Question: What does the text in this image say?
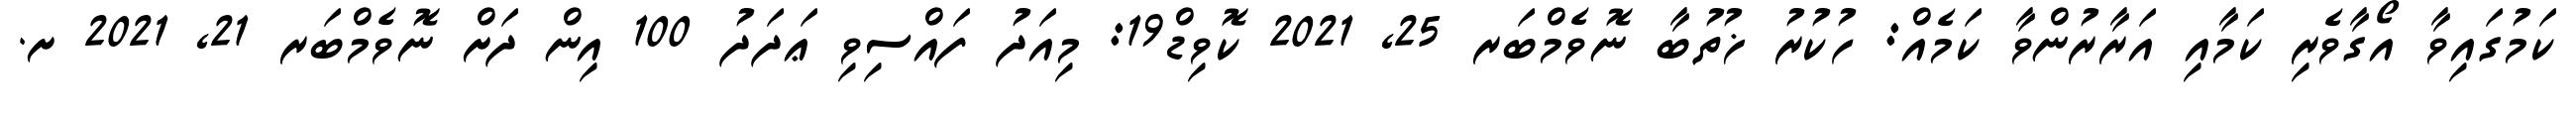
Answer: ކަމުގައިވާ އޯގާވެރި ކަމާއި އަރާރުންވާ ކަމެއް: ހުކުރު ޚުތުބާ ނޮވެމްބަރ 25, 2021 ކޮވިޑް19: މިއަދު ފައްސިވި ޢަދަދު 100 އިން ދަށް ނޮވެމްބަރ 21, 2021 ށ.